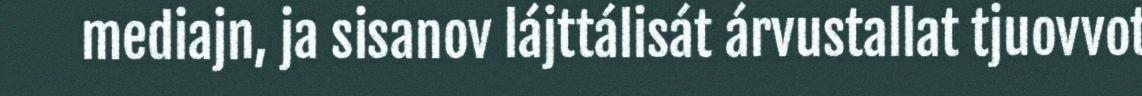
mediajn, ja sisanov lájttálisát árvustallat tjuovvot